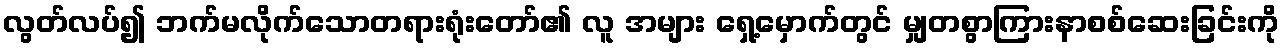
လွတ်လပ်၍ ဘက်မလိုက်သောတရားရုံးတော်၏ လူ အများ ရှေ့မှောက်တွင် မျှတစွာကြားနာစစ်ဆေးခြင်းကို